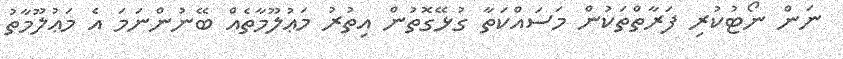
ނަން ނޯޓުކުރި ފަރާތްތަކުން މަސައްކަތާ ގުޅޭގޮތުން އިތުރު މަޢުލޫމާތެއް ބޭނުންނަމަ އެ މަޢުލޫމާތު